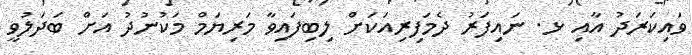
ވައިކަރަދު އާއި ޅ. ނައިފަރު ދެމަފިރިއަކަށް ލިބިފައިވާ މަރިޔަމް މަކުނުދު އަށް ބަދަލުވީ